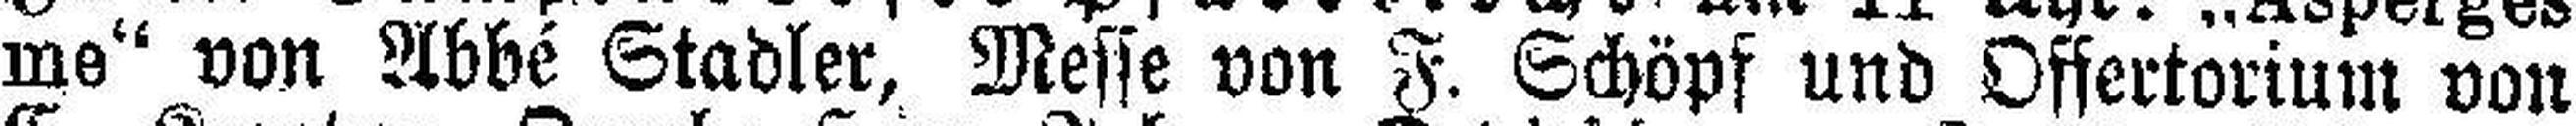
me“ von Abbé Stadler, Messe von F. Schöpf und Offertorium von